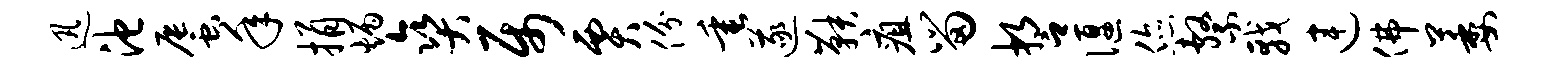
迅池蜃年捐炳爽属贾份垂遂鞅疽留誓偃您系戟连佛萎